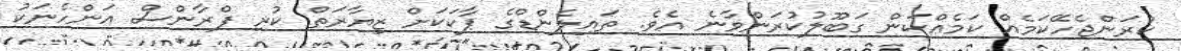
ކުރަންޖެހޭކަމެއް ކަމެއްކަން ގަބޫލުކުރަންވާނެ އެވެ. ތައިލެންޑްގެ ޕާކަކަށް ޒިޔާރަތް ކުރި ފްރާންސް އަންހެނަކު